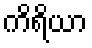
ကိရိယာ